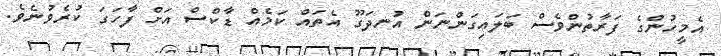
އެމީހުންގެ ފަރާތުންވެސް ބަލައިގަންނަން އުނދަގޫ އެތައް ކަމެއް ޑާކްސް އަށް ފާހަގަ ކުރެވުނެވެ.